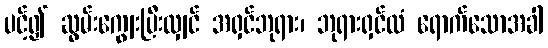
ပင့်၍ ဆွမ်းကျွေးပြီးလျှင် အရှင်ဘုရား၊ ဘုရားရှင်ထံ ရောက်သောအခါ